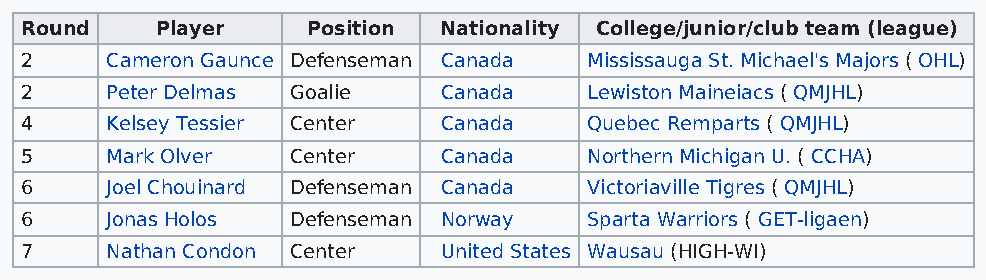
Round    Player    Position Nationality College/junior/club team (league)
 2     Cameron Gaunce Defenseman Canada Mississauga St. Michael's Majors ( OHL)
 2     Peter Delmas Goalie   Canada    Lewiston Maineiacs ( QMJHL)
 4     Kelsey Tessier Center Canada    Quebec Remparts ( QMJHL)
 5     Mark Olver  Center    Canada    Northern Michigan U. ( CCHA)
 6     Joel Chouinard Defenseman Canada Victoriaville Tigres ( QMJHL)
 6     Jonas Holos Defenseman Norway   Sparta Warriors ( GET-ligaen)
 7     Nathan Condon Center  United States Wausau (HIGH-WI)